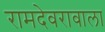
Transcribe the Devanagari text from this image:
रामदेवरावाला